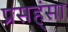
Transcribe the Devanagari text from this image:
प्रसह्ंसा